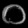
Digit: ၀